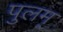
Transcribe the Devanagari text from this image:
पुलम्